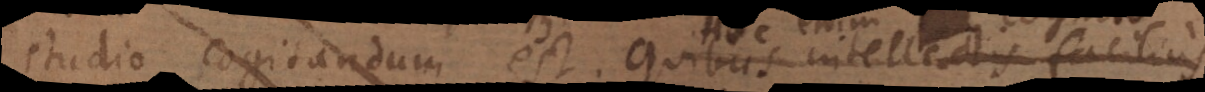
studio cogitandum est. Quibus intellectis facilius